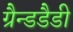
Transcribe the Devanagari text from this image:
ग्रैन्डडैडी